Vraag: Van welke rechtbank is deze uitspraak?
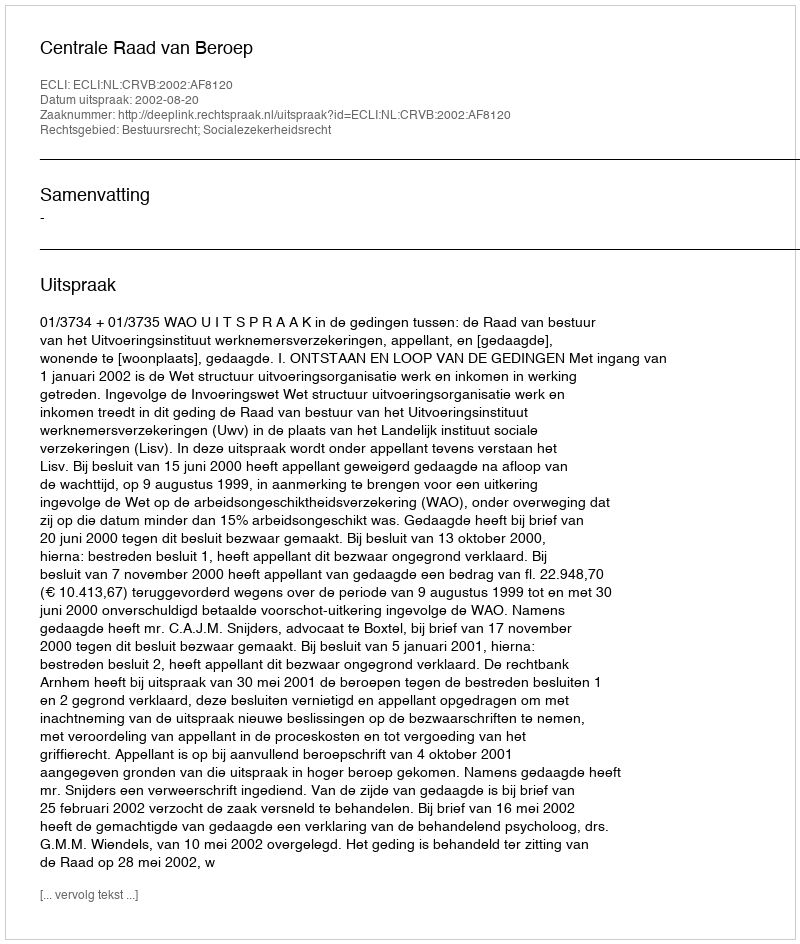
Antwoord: Centrale Raad van Beroep